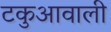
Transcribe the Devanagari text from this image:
टकुआवाली